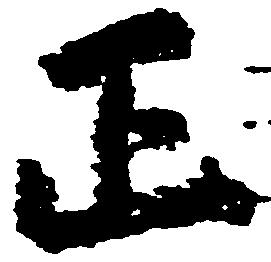
正